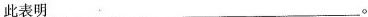
此表明___。